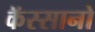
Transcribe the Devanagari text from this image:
कॅस्सानो